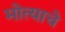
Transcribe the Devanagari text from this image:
मोत्याचे